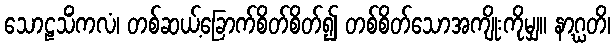
သောဠသိံကလံ၊ တစ်ဆယ့်ခြောက်စိတ်စိတ်၍ တစ်စိတ်သောအကျိုးကိုမျှ။ နာဂ္ဃတိ၊